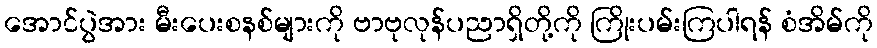
အောင်ပွဲအား မီးပေးစနစ်များကို ဗာဗုလုန်ပညာရှိတို့ကို ကြိုးပမ်းကြပါရန် စံအိမ်ကို